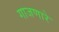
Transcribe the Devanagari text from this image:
गाजणारे